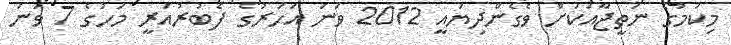
މިކަމުގެ ނަތީޖާއަކަށް ވެގެންދިޔައީ 2012 ވަނަ އަހަރުގެ ފެބުރުއަރީ މަހުގެ 7 ވަނަ